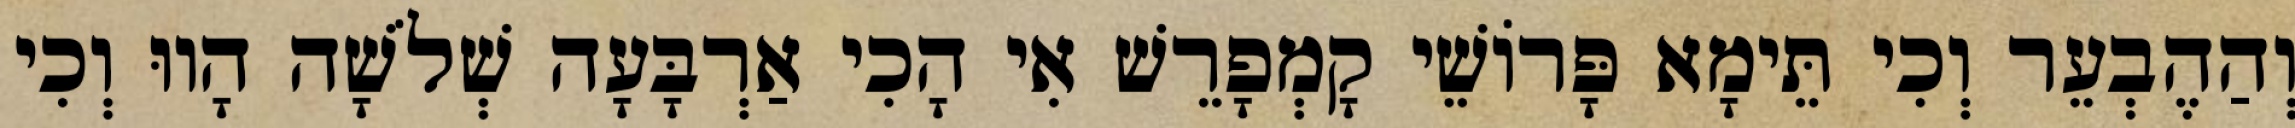
וְהַהֶבְעֵר וְכִי תֵּימָא פָּרוֹשֵׁי קָמְפָרֵשׁ אִי הָכִי אַרְבָּעָה שְׁלֹשָׁה הָווּ וְכִי